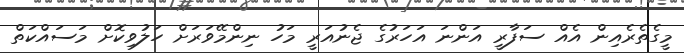
މީގެތެރެއިން އެއް ސަފާރީ އަންނަ އަހަރުގެ ޖެނުއަރީ މަހު ނިންމޭވަރަށް ހަލުވިކޮށް މަސައްކަތް